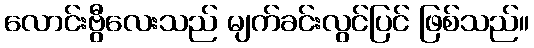
လောင်းဗွီလေးသည် မျက်ခင်းလွင်ပြင် ဖြစ်သည်။